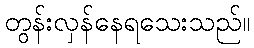
တွန်းလှန်နေရသေးသည်။